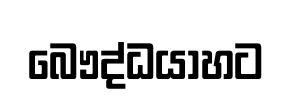
බෞද්ධයාහට